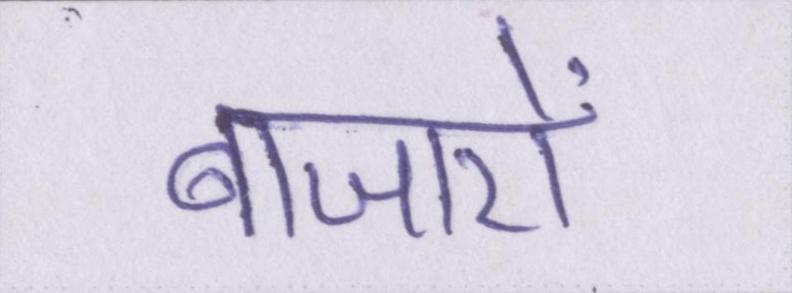
बाजारों